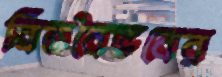
বিত্তবৈভবের